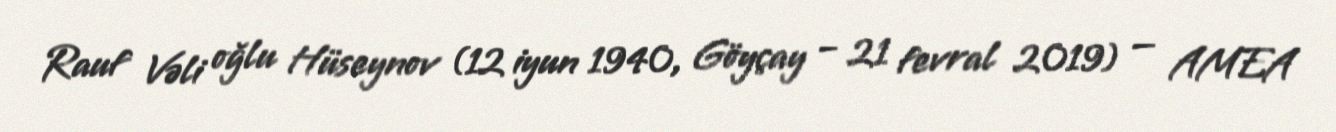
Rauf Vəli oğlu Hüseynov (12 iyun 1940, Göyçay – 21 fevral 2019) — AMEA